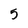
Character: 5